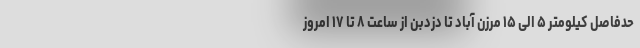
حدفاصل کیلومتر ۵ الی ۱۵ مرزن آباد تا دزدبن از ساعت ۸ تا ۱۷ امروز